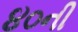
૪૦ની